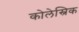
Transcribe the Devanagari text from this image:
कोलेस्निक